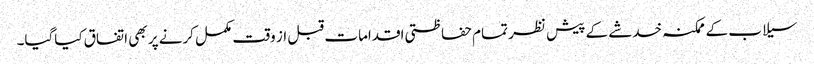
سیلاب کے ممکنہ خدشے کے پیش نظر تمام حفاظتی اقدامات قبل از وقت مکمل کرنے پر بھی اتفاق کیاگیا۔